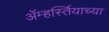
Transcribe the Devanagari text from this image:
ॲम्हर्स्तियाच्या